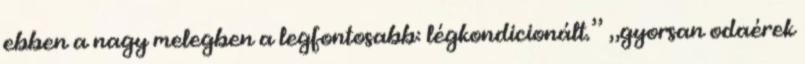
ebben a nagy melegben a legfontosabb: légkondicionált.” „gyorsan odaérek